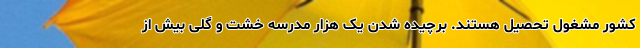
کشور مشغول تحصیل هستند. برچیده شدن یک هزار مدرسه خشت و گلی بیش از